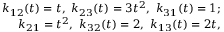
\begin{array} { r } { k _ { 1 2 } ( t ) = t , ~ k _ { 2 3 } ( t ) = 3 t ^ { 2 } , ~ k _ { 3 1 } ( t ) = 1 ; } \\ { k _ { 2 1 } = t ^ { 2 } , ~ k _ { 3 2 } ( t ) = 2 , ~ k _ { 1 3 } ( t ) = 2 t , } \end{array}